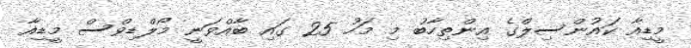
މީޑިއާ ކައުންސިލްގެ އިންތިހާބު މި މަހު 25 ގައި ބާއްވަނީ މޯލްޑިވްސް މީޑިއާ